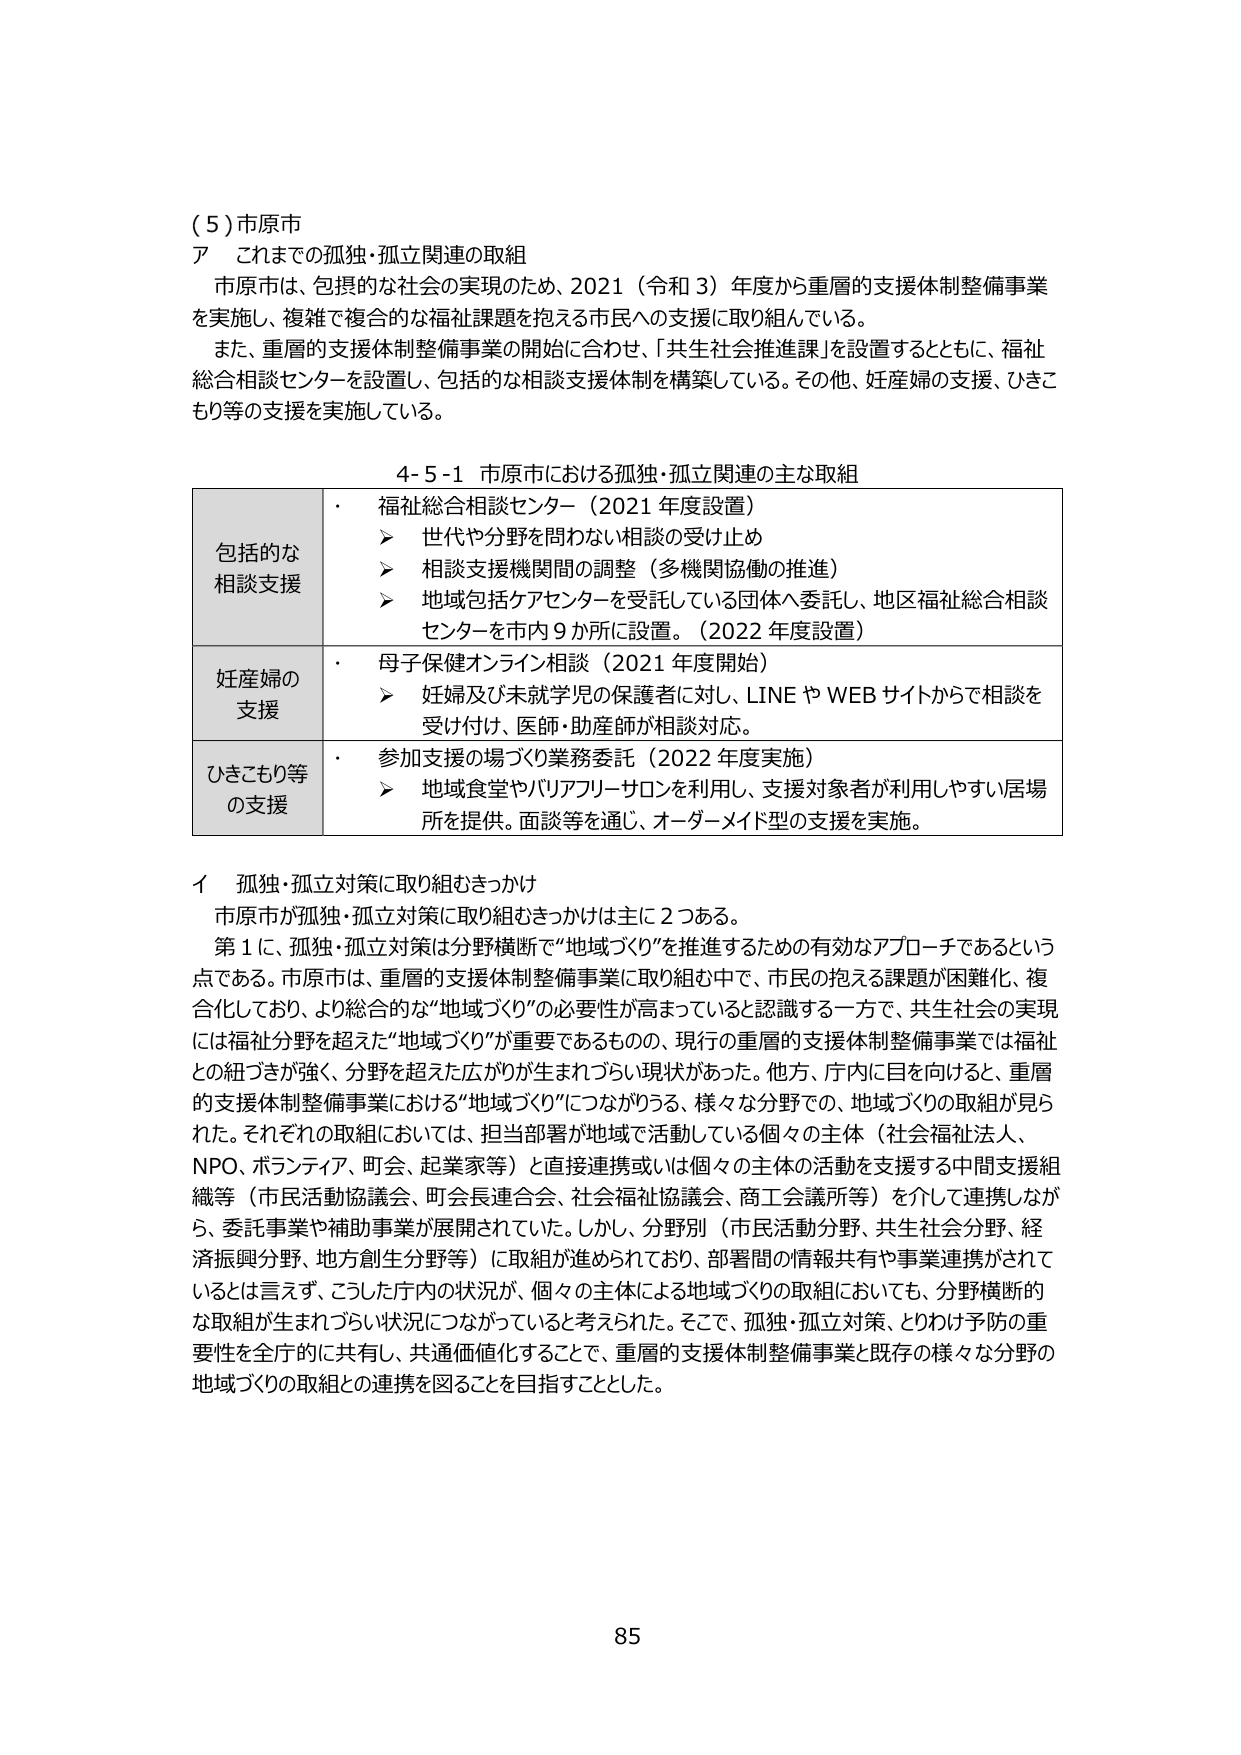
（５）市原市
ア　これまでの孤独・孤立関連の取組
　市原市は、包摂的な社会の実現のため、2021（令和３）年度から重層的支援体制整備事業を実施し、複雑で複合的な福祉課題を抱える市民への支援に取り組んでいる。
　また、重層的支援体制整備事業の開始に合わせ、「共生社会推進課」を設置するとともに、福祉総合相談センターを設置し、包括的な相談支援体制を構築している。その他、妊産婦の支援、ひきこもり等の支援を実施している。

4-5-1 市原市における孤独・孤立関連の主な取組

| 包括的な相談支援 | ・ 福祉総合相談センター（2021年度設置）
　　➤ 世代や分野を問わない相談の受け止め
　　➤ 相談支援機関間の調整（多機関協働の推進）
　　➤ 地域包括ケアセンターを受託している団体へ委託し、地区福祉総合相談センターを市内9か所に設置。（2022年度設置） |
| 妊産婦の支援 | ・ 母子保健オンライン相談（2021年度開始）
　　➤ 妊婦及び未就学児の保護者に対し、LINEやWEBサイトからで相談を受け付け、医師・助産師が相談対応。 |
| ひきこもり等の支援 | ・ 参加支援の場づくり業務委託（2022年度実施）
　　➤ 地域食堂やバリアフリーサロンを利用し、支援対象者が利用しやすい居場所を提供。面談等を通じ、オーダーメイド型の支援を実施。 |

イ　孤独・孤立対策に取り組むきっかけ
　市原市が孤独・孤立対策に取り組むきっかけは主に2つある。
　第1に、孤独・孤立対策は分野横断で“地域づくり”を推進するための有効なアプローチであるという点である。市原市は、重層的支援体制整備事業に取り組む中で、市民の抱える課題が困難化、複合化しており、より総合的な“地域づくり”の必要性が高まっていると認識する一方で、共生社会の実現には福祉分野を超えた“地域づくり”が重要であるものの、現行の重層的支援体制整備事業では福祉との紐づきが強く、分野を超えた広がりが生まれづらい現状があった。他方、庁内に目を向けると、重層的支援体制整備事業における“地域づくり”につながりうる、様々な分野での、地域づくりの取組が見られた。それぞれの取組においては、担当部署が地域で活動している個々の主体（社会福祉法人、NPO、ボランティア、町会、起業家等）と直接連携或いは個々の主体の活動を支援する中間支援組織等（市民活動協議会、町会長連合会、社会福祉協議会、商工会議所等）を介して連携しながら、委託事業や補助事業が展開されていた。しかし、分野別（市民活動分野、共生社会分野、経済振興分野、地方創生分野等）に取組が進められており、部署間の情報共有や事業連携がされているとは言えず、こうした庁内の状況が、個々の主体による地域づくりの取組においても、分野横断的な取組が生まれづらい状況につながっていると考えられた。そこで、孤独・孤立対策、とりわけ予防の重要性を全庁的に共有し、共通価値化することで、重層的支援体制整備事業と既存の様々な分野の地域づくりの取組との連携を図ることを目指すこととした。

85